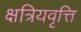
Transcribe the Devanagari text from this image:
क्षत्रियवृत्ति